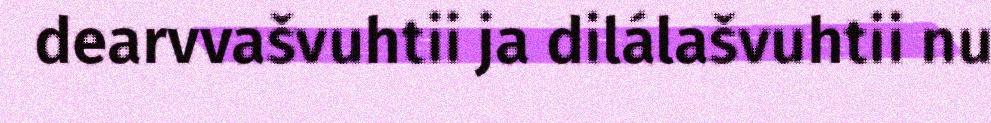
dearvvašvuhtii ja dilálašvuhtii nu